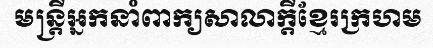
មន្ត្រីអ្នកនាំពាក្យសាលាក្តីខ្មែរក្រហម